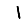
Digit: 1